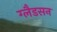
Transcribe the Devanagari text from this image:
ग्लैडसन